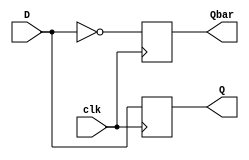
//verilog code to realise a D FlipFlop

`timescale 1ns / 1ps

module D_FF(D,clk,Q,Qbar);
input D,clk;		
output Q,Qbar;		
wire D,clk;		
reg Q,Qbar;


always@(posedge clk)	//Positive edge triggering
begin
    //Non blocking assignment
	 Q<=D;		
	 Qbar<=~D;	
end
endmodule
 
//Testbench code of D Flipflop

`timescale 1ns / 1ps

module D_FF_TB();

reg D,clk;		
wire Q,Qbar;		

// Instantiantiation of the D_FF module 
D_FF d (.D(D), .clk(clk), .Q(Q), .Qbar(Qbar));

// initialisation of D & clock to avoid the storing of garbage values
initial
begin
	clk = 0;
	D=0;
end

//CLOCK SETUP
always 
#10 
clk = ~clk;

//STIMULUS
initial 
begin 
#20 D = 1'b1; 
#20 D = 1'b0;
end
endmodule